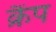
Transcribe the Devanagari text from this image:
क्रैंप